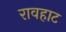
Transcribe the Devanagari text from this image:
रावहाट